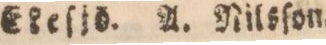
Ekeſjö. A. Nilsſon.